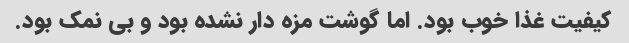
کیفیت غذا خوب بود. اما گوشت مزه دار نشده بود و بی نمک بود.